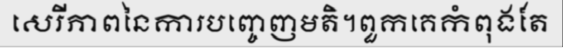
សេរីភាពនៃការបញ្ចេញមតិ។ពួកគេកំពុងតែ